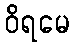
ဝိရမေ